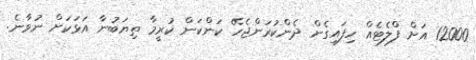
12000 އަށް ފްލެޓެއް ހިފައިގެން ދެންކުރަންޖެހޭ ކަންކަން ކުރީމާ ތިޔަބުނާ އަޅަކަށް ނުވާނެ.